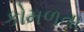
કોમળતા